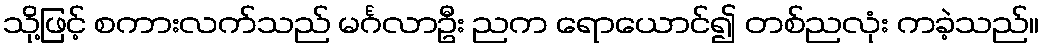
သို့ဖြင့် စကားလက်သည် မင်္ဂလာဦး ညက ရောယောင်၍ တစ်ညလုံး ကခဲ့သည်။